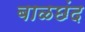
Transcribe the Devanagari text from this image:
बाळछंद